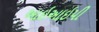
આઇઆઇપી